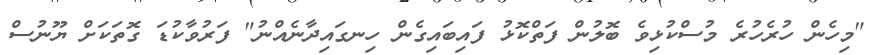
"މިހެން ހުރެހުރެ މުސްކުޅިވެ ބޮލުން ފަތްކޮޅު ފައިބައިގެން ހިނގައިދާނެއްނު" ފަރުވާކުޑަ ގޮތަކަށް ޔޫނުސް